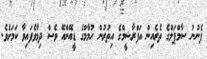
ފެނުނު ސާމްޕަލްގެ ތެރެއިން އަފްރާޝީމްގެ އިތުރުން ހުމާމްގެ ޑީއޭންއޭ ވެސް ދިމާވެފައިވާ ކަމަށެވެ.